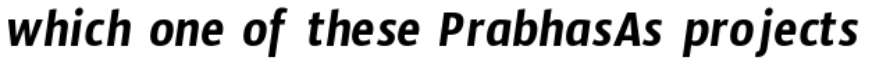
which one of these PrabhasAs projects